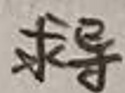
求导